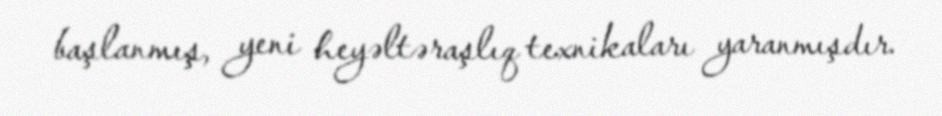
başlanmış, yeni heyəltəraşlıq texnikaları yaranmışdır.